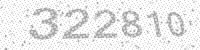
Solution: 322810